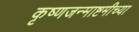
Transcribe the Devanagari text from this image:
कृष्णजन्माष्टमीच्या